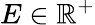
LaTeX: E\in\mathbb{R}^{+}